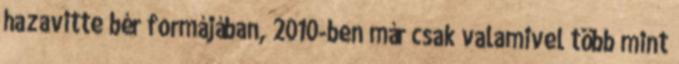
hazavitte bér formájában, 2010-ben már csak valamivel több mint